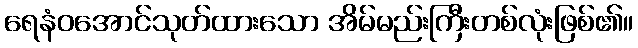
ရေနံဝအောင်သုတ်ထားသော အိမ်မည်းကြီးတစ်လုံးဖြစ်၏။